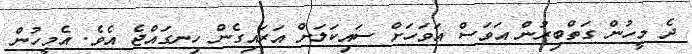
ދެ މީހުން ގަތްބިރުން އަވަސް އަވަހަށް ސައިކަލަށް އަރައިގެން ހިނގައްޖެ އެވެ. އެމީހުން